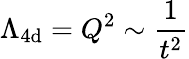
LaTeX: \Lambda_{4\mathrm{d}}=Q^{2}\sim\frac{{1}}{{t^{2}}}